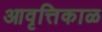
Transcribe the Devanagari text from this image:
आवृत्तिकाळ